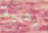
رهيبة